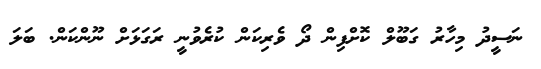
ނަސީދު މިހާރު ގަބޫލް ކޮށްފިން ދޯ ވެރިކަން ކުރެވުނީ ރަގަޅަށް ނޫންކަން. ބަލަ